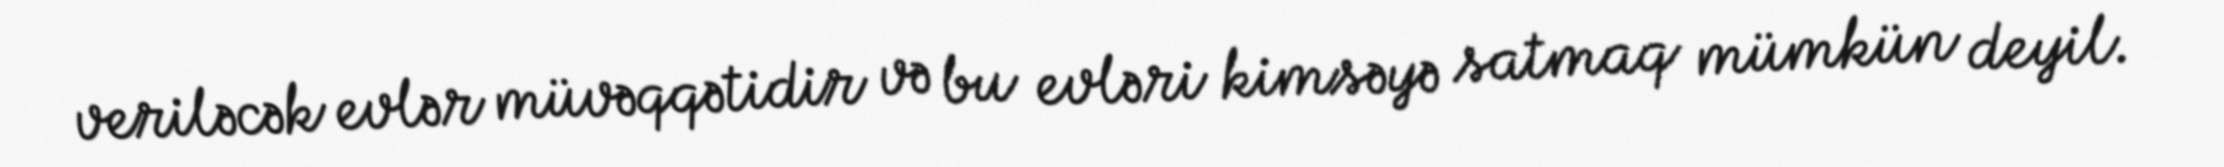
veriləcək evlər müvəqqətidir və bu evləri kimsəyə satmaq mümkün deyil.